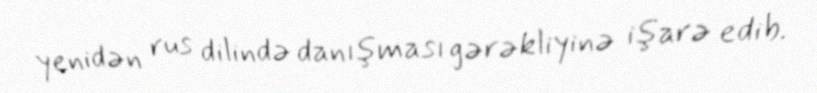
yenidən rus dilində danışması gərəkliyinə işarə edib.